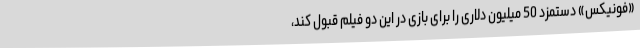
«فونیکس» دستمزد 50 میلیون دلاری را برای بازی در این دو فیلم قبول کند،